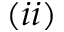
( i i )